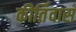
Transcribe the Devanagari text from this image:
कीर्तिवास